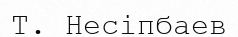
Т. Несіпбаев